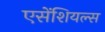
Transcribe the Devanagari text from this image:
एसेंशियल्स